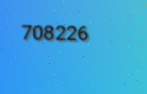
708226